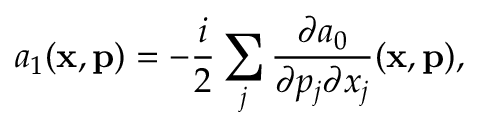
a _ { 1 } ( \mathbf { x } , \mathbf { p } ) = - \frac { i } { 2 } \sum _ { j } \frac { \partial a _ { 0 } } { \partial p _ { j } \partial x _ { j } } ( \mathbf { x } , \mathbf { p } ) ,